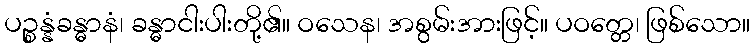
ပဉ္စန္နံခန္ဓာနံ၊ ခန္ဓာငါးပါးတို့၏။ ဝသေန၊ အစွမ်းအားဖြင့်။ ပဝတ္တေ၊ ဖြစ်သော။